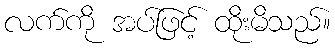
လက်ကို အပ်ဖြင့် ထိုးမိသည်။